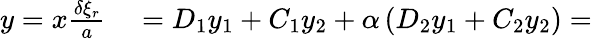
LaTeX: \begin{array}{rl}{y=x\frac{\delta\xi_{r}}{a}}&{{}=D_{1}y_{1}+C_{1}y_{2}+\alpha\left(D_{2}y_{1}+C_{2}y_{2}\right)=}\end{array}